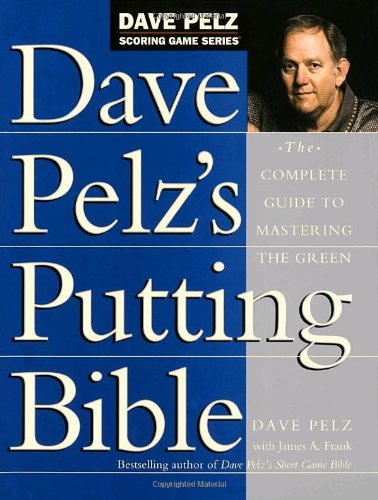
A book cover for Dave Pelz's Putting Bible: The Complete Guide to Mastering the Green (Dave Pelz Scoring Game Series); Dave Pelz; Sports & Outdoors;